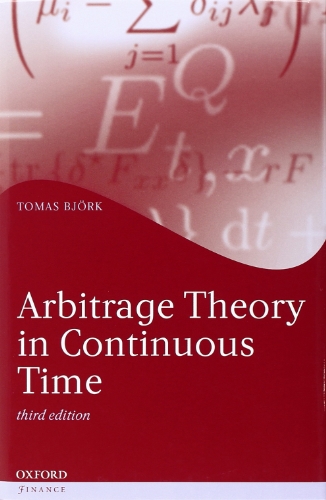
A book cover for Arbitrage Theory in Continuous Time (Oxford Finance Series); Tomas BjÃ¶rk; Business & Money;